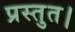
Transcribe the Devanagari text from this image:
प्रस्तुत।